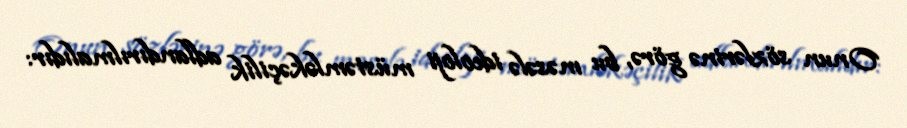
Onun sözlərinə görə, bu məsələ ideoloji müstəmləkəçilik adlandırılmalıdır: